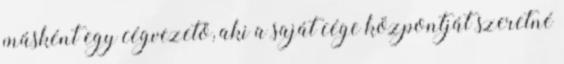
másként egy cégvezető, aki a saját cége központját szeretné